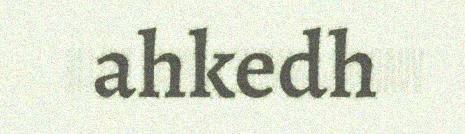
ahkedh